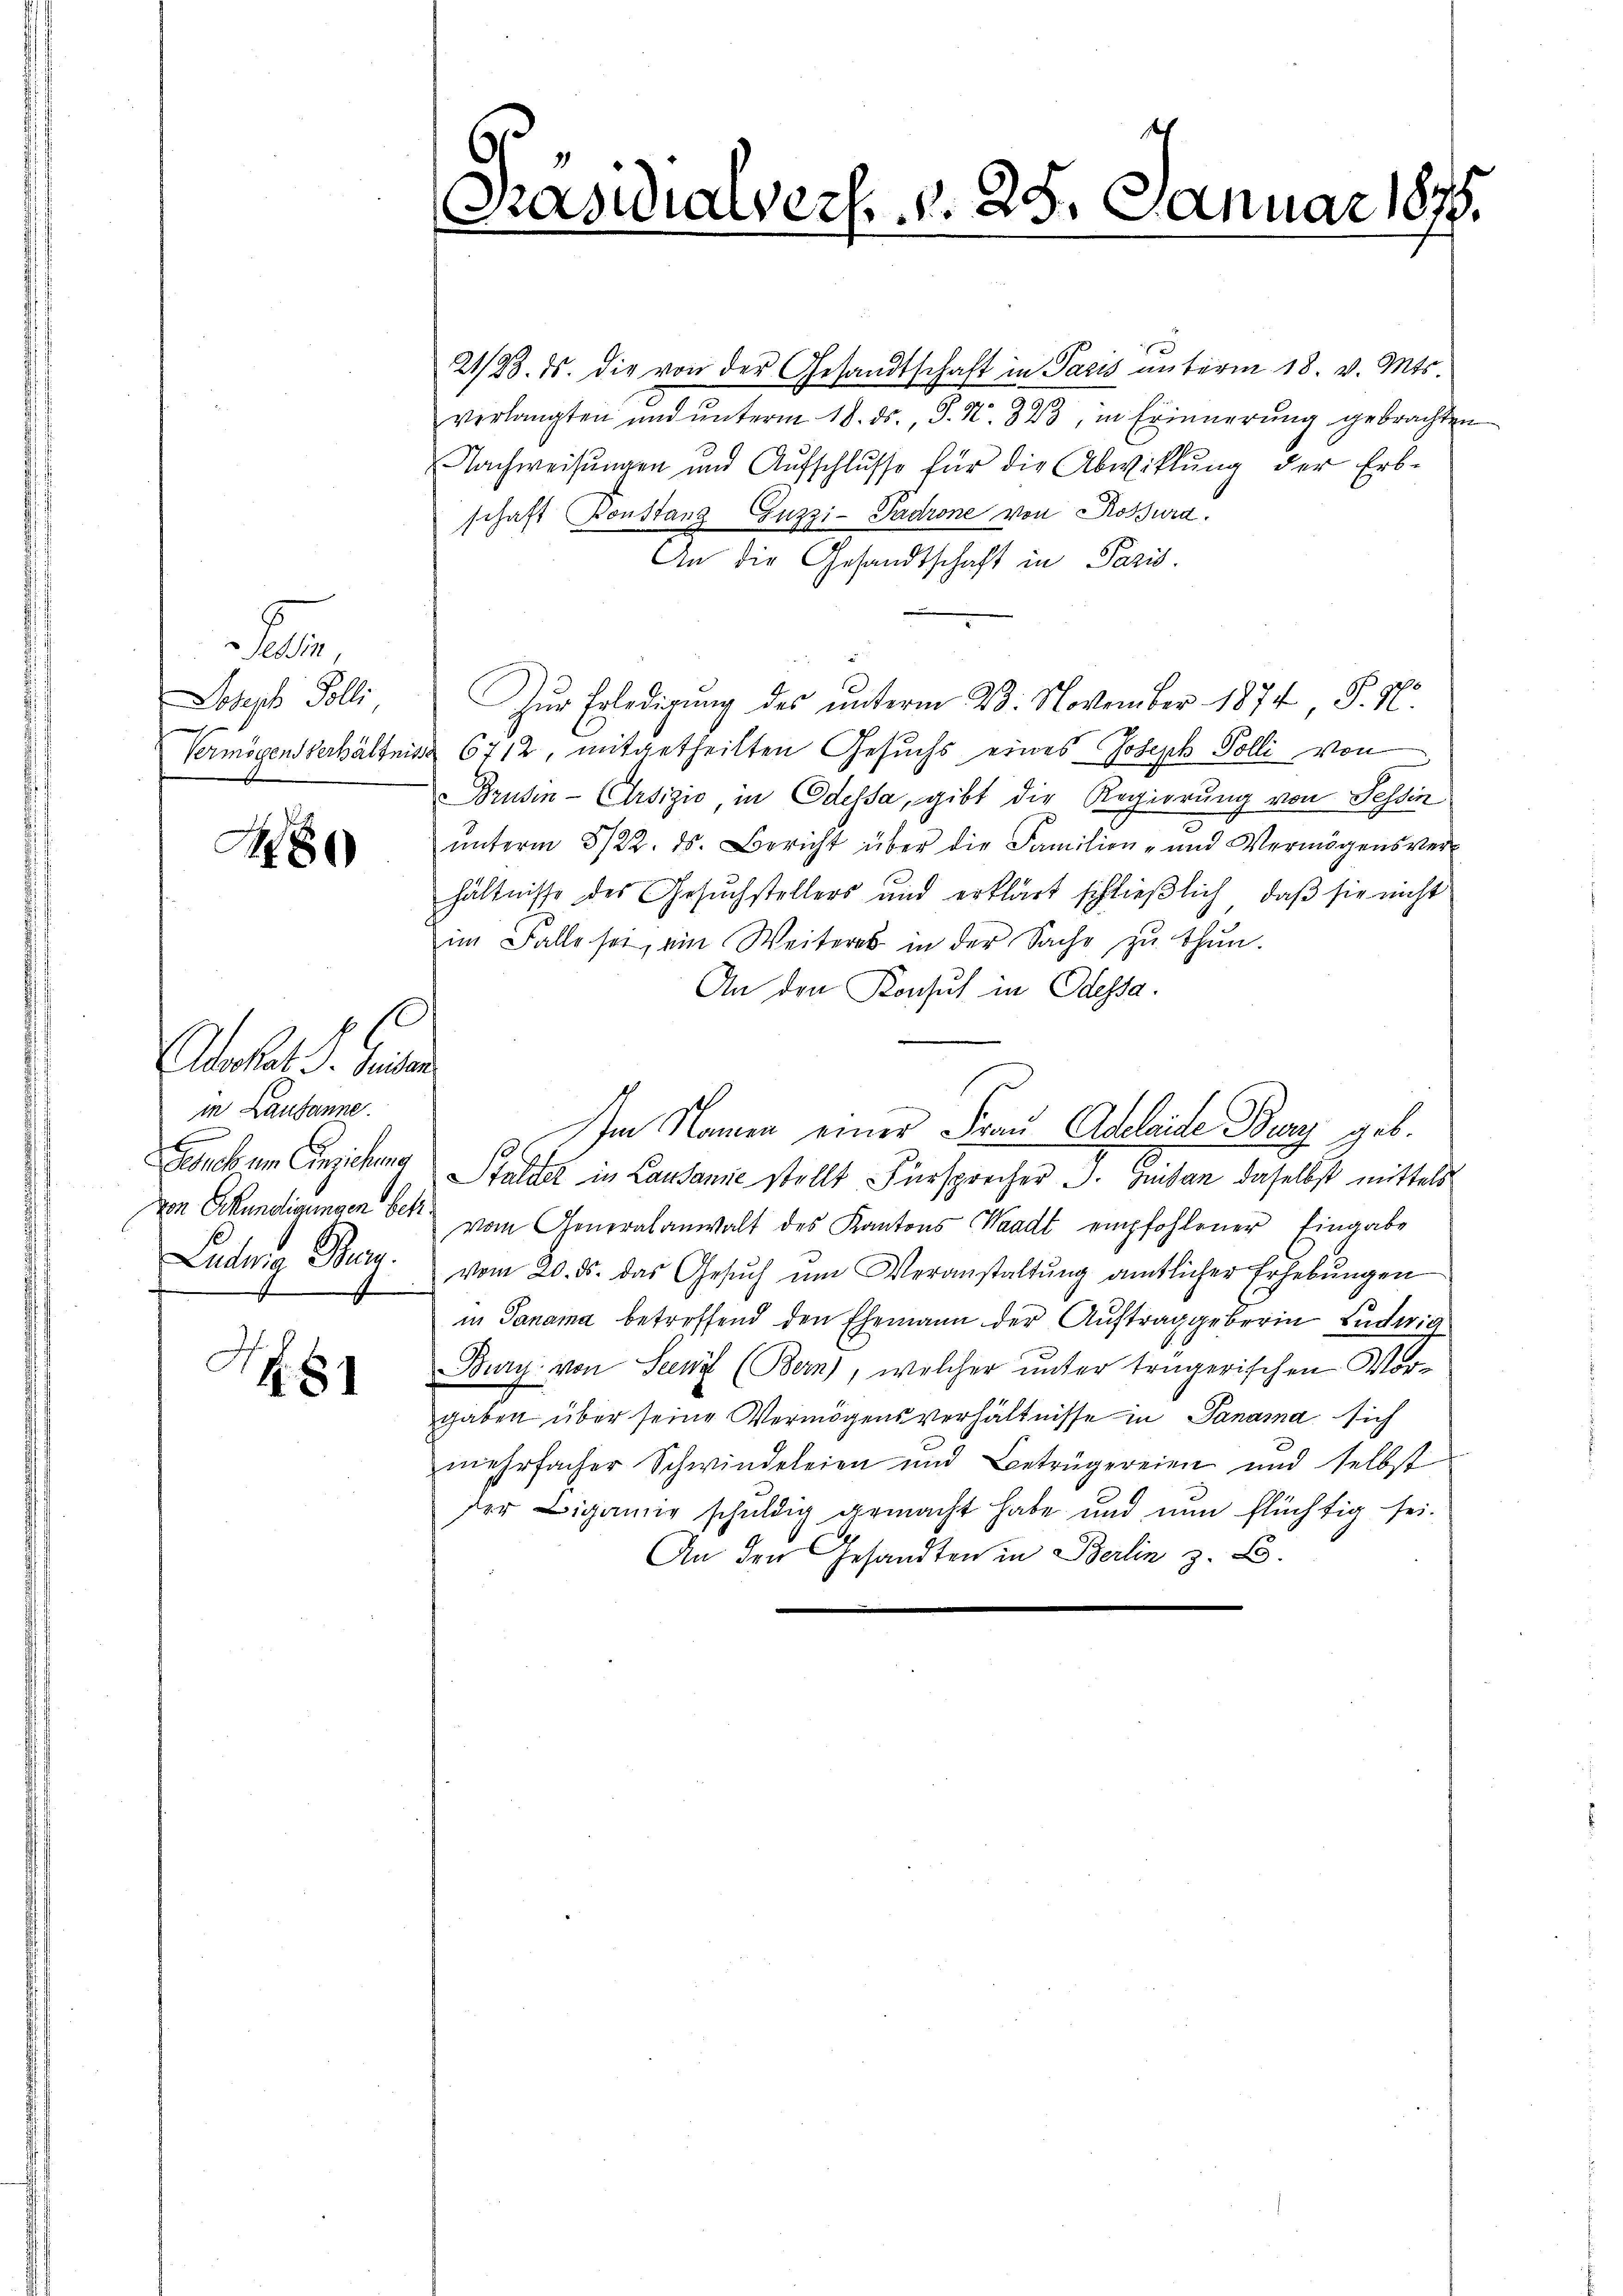
,
Joseph Polli

1880

eat l. unter
in Lausanne.
u

G. 8

.
Präsidialverf. v. 28. Januar 1875.

21/23. ds. die von der Gesandtschaft in Pacis unterm 18. v. Mts.
verlangten und ŭnterm 18. ds., S. N. 343, in Erinnerung gebrachten
Nachweisungen und Aufschlŭsse für die Abwicklung der Erb-
schaft Konstanz Guzzi-Padrone von Rossura.
An die Gesandtschaft in Paris.
Zŭr Erledigung des unterm 23. November 1874 P. 96
Vermögensverhältnis 6712, mitgetheilten Gesuchs eines Joseph Polli von
Brusin-Crsizio, in Odessa, gibt die Regierung von Tessin
ŭnterm 5/22. ds. Bericht über die Familien- und Vermögensver-
hältnisse des Gesuchstellers und erklärt schließlich, daß sie nicht
im Falle sei, ein Weiteres in der Sache zu thun.
An den Konsul in Odessa.
Im Namen einer Frau Adeleite Burg geb.
Gesich um Einziehung Stalder in Lausanie stellt Fürsprecher J. Heilan daselbst mittels
von Erkundigungen bei vom Generalanwalt des Kantons Waadt empfohlener Eingabe
Ludwig Burg. vom 20. ds. das Gesŭch ŭm Veranstaltŭng amtlicher Erhebŭngen
in Panama betreffend den Ehemann der Auftraggeberin Ludwig
Bury von Seen (Bern), welcher unter trägerischen Vorgaben über seine Vermögensverhältnisse in Panama sich
mehrfacher Schwindeleien und Betrügereien und selbst
der Ligamie schuldig gemacht habe und nun flüchtig sei.
An den Gesandten in Berlin z. B.